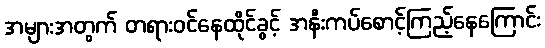
အများအတွက် တရားဝင်နေထိုင်ခွင့် အနီးကပ်စောင့်ကြည့်နေကြောင်း